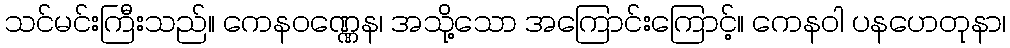
သင်မင်းကြီးသည်။ ကေနဝဏ္ဏေန၊ အသို့သော အကြောင်းကြောင့်။ ကေနဝါ ပနဟေတုနာ၊